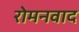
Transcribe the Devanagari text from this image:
रोमनवाद